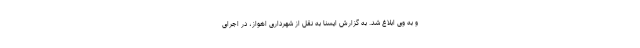
و به وی ابلاغ شد. به گزارش ایسنا به نقل از شهرداری اهواز، در اجرای